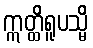
ဣတ္ထိရူပသ္မိ